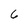
Character: 6